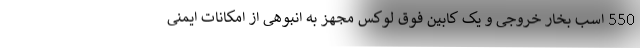
550 اسب بخار خروجی و یک کابین فوق لوکس مجهز به انبوهی از امکانات ایمنی